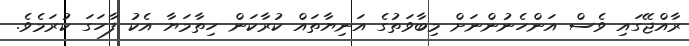
ރާއްޖޭގައި ވެސް އަންހެނުންނަށް މިބާވަތުގެ އަނިޔާތައް ކުރާކަން ހިތާމަޔާ އެކު ފާހަގަ ކުރަމެވެ.